Bombay plague: being a history of the progress of plague in the Bombay presidency from September 1896 to June 1899
Year: 1896
Disease focus: Plague
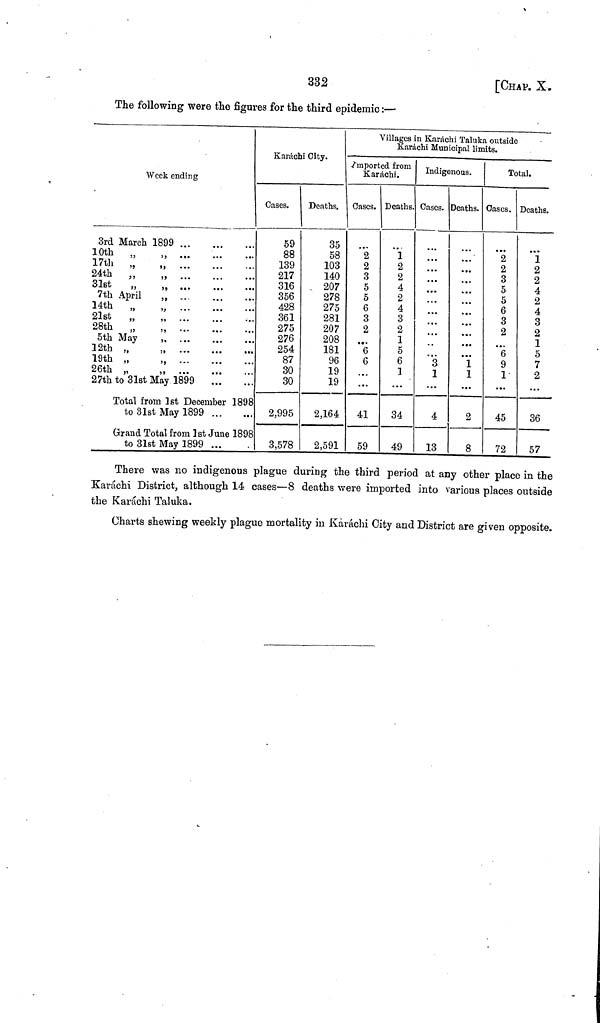
332
[CHAP. X.
The following were the figures for the third epidemic :—
Week ending
3rd March 1899
10th
„
17th
„
„
24th
„
„
31st
„
,
7th April
,
14th
„
,
21st
„
,
28th
„
,
5th May
12th „
19th „
,
26th „
,
27th to 31st May 1899
Total from 1st December 1898
to 31st May 1899
Grand Total from 1st June 1898
to 31st May 1899 ...
Karachi City.
Cases.
59
88
139
217
316
356
428
361
275
276
254
87
30
30
2,995
3,578
Deaths.
35
58
103
140
207
278
275
281
207
208
181
96
19
19
2,164
2,591
Villages in Karáchi Taluka outside
Karachi Municipal limits.
Imported from
Karachi.
Oases.
2
2
3
5
5
6
3
2
• •«
6
6
...
41
59
Deaths.
1
2
2
4
2
4
3
2
1
5
6
1
34
49
Indigenous.
Cases.
...
...
...
•••
...
...
...
...
..
...
3
1
4
13
Deaths.
...
...
...
...
. ••
...
...
...
• ••
...
1
1
2
8
Total.
Cases.
2
2
3
5
5
6
3
2
...
6
9
1
45
72
Deaths.
1
2
2
4
2
4
3
2
1
5
7
2
36
57
There was no indigenous plague during the third period at any other place in the
Karachi District, although 14 cases—8 deaths were imported into various places outside
the Karachi Taluka.
Charts shewing weekly plague mortality in Karachi City and District are given opposite.